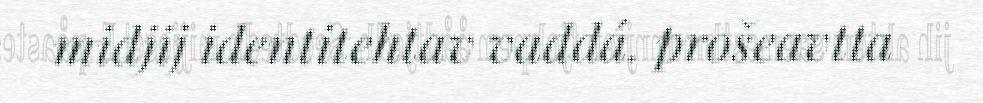
midjij identitehtav vaddá. prošeavtta